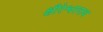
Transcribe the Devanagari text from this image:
क्षीरेश्वरनाथ